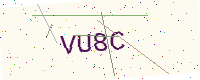
Text: VU8C